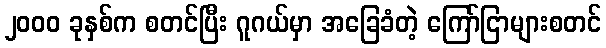
၂၀၀၀ ခုနှစ်က စတင်ပြီး ဂူဂယ်မှာ အခြေခံတဲ့ ကြော်ငြာများစတင်